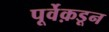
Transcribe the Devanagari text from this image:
पूर्वेक़डून